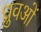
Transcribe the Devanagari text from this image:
ध्रुवओं